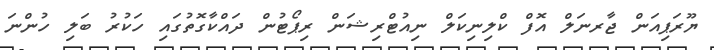
ޔޫރަޕިއަން ޖާރނަލް އޮފް ކްލިނިކަލް ނިއުޓްރިޝަން ރިޕޯޓުން ދައްކާގޮތުގައި ހަކުރު ބަލި ހުންނަ